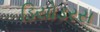
ડિયોડરસ